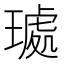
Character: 𭹰